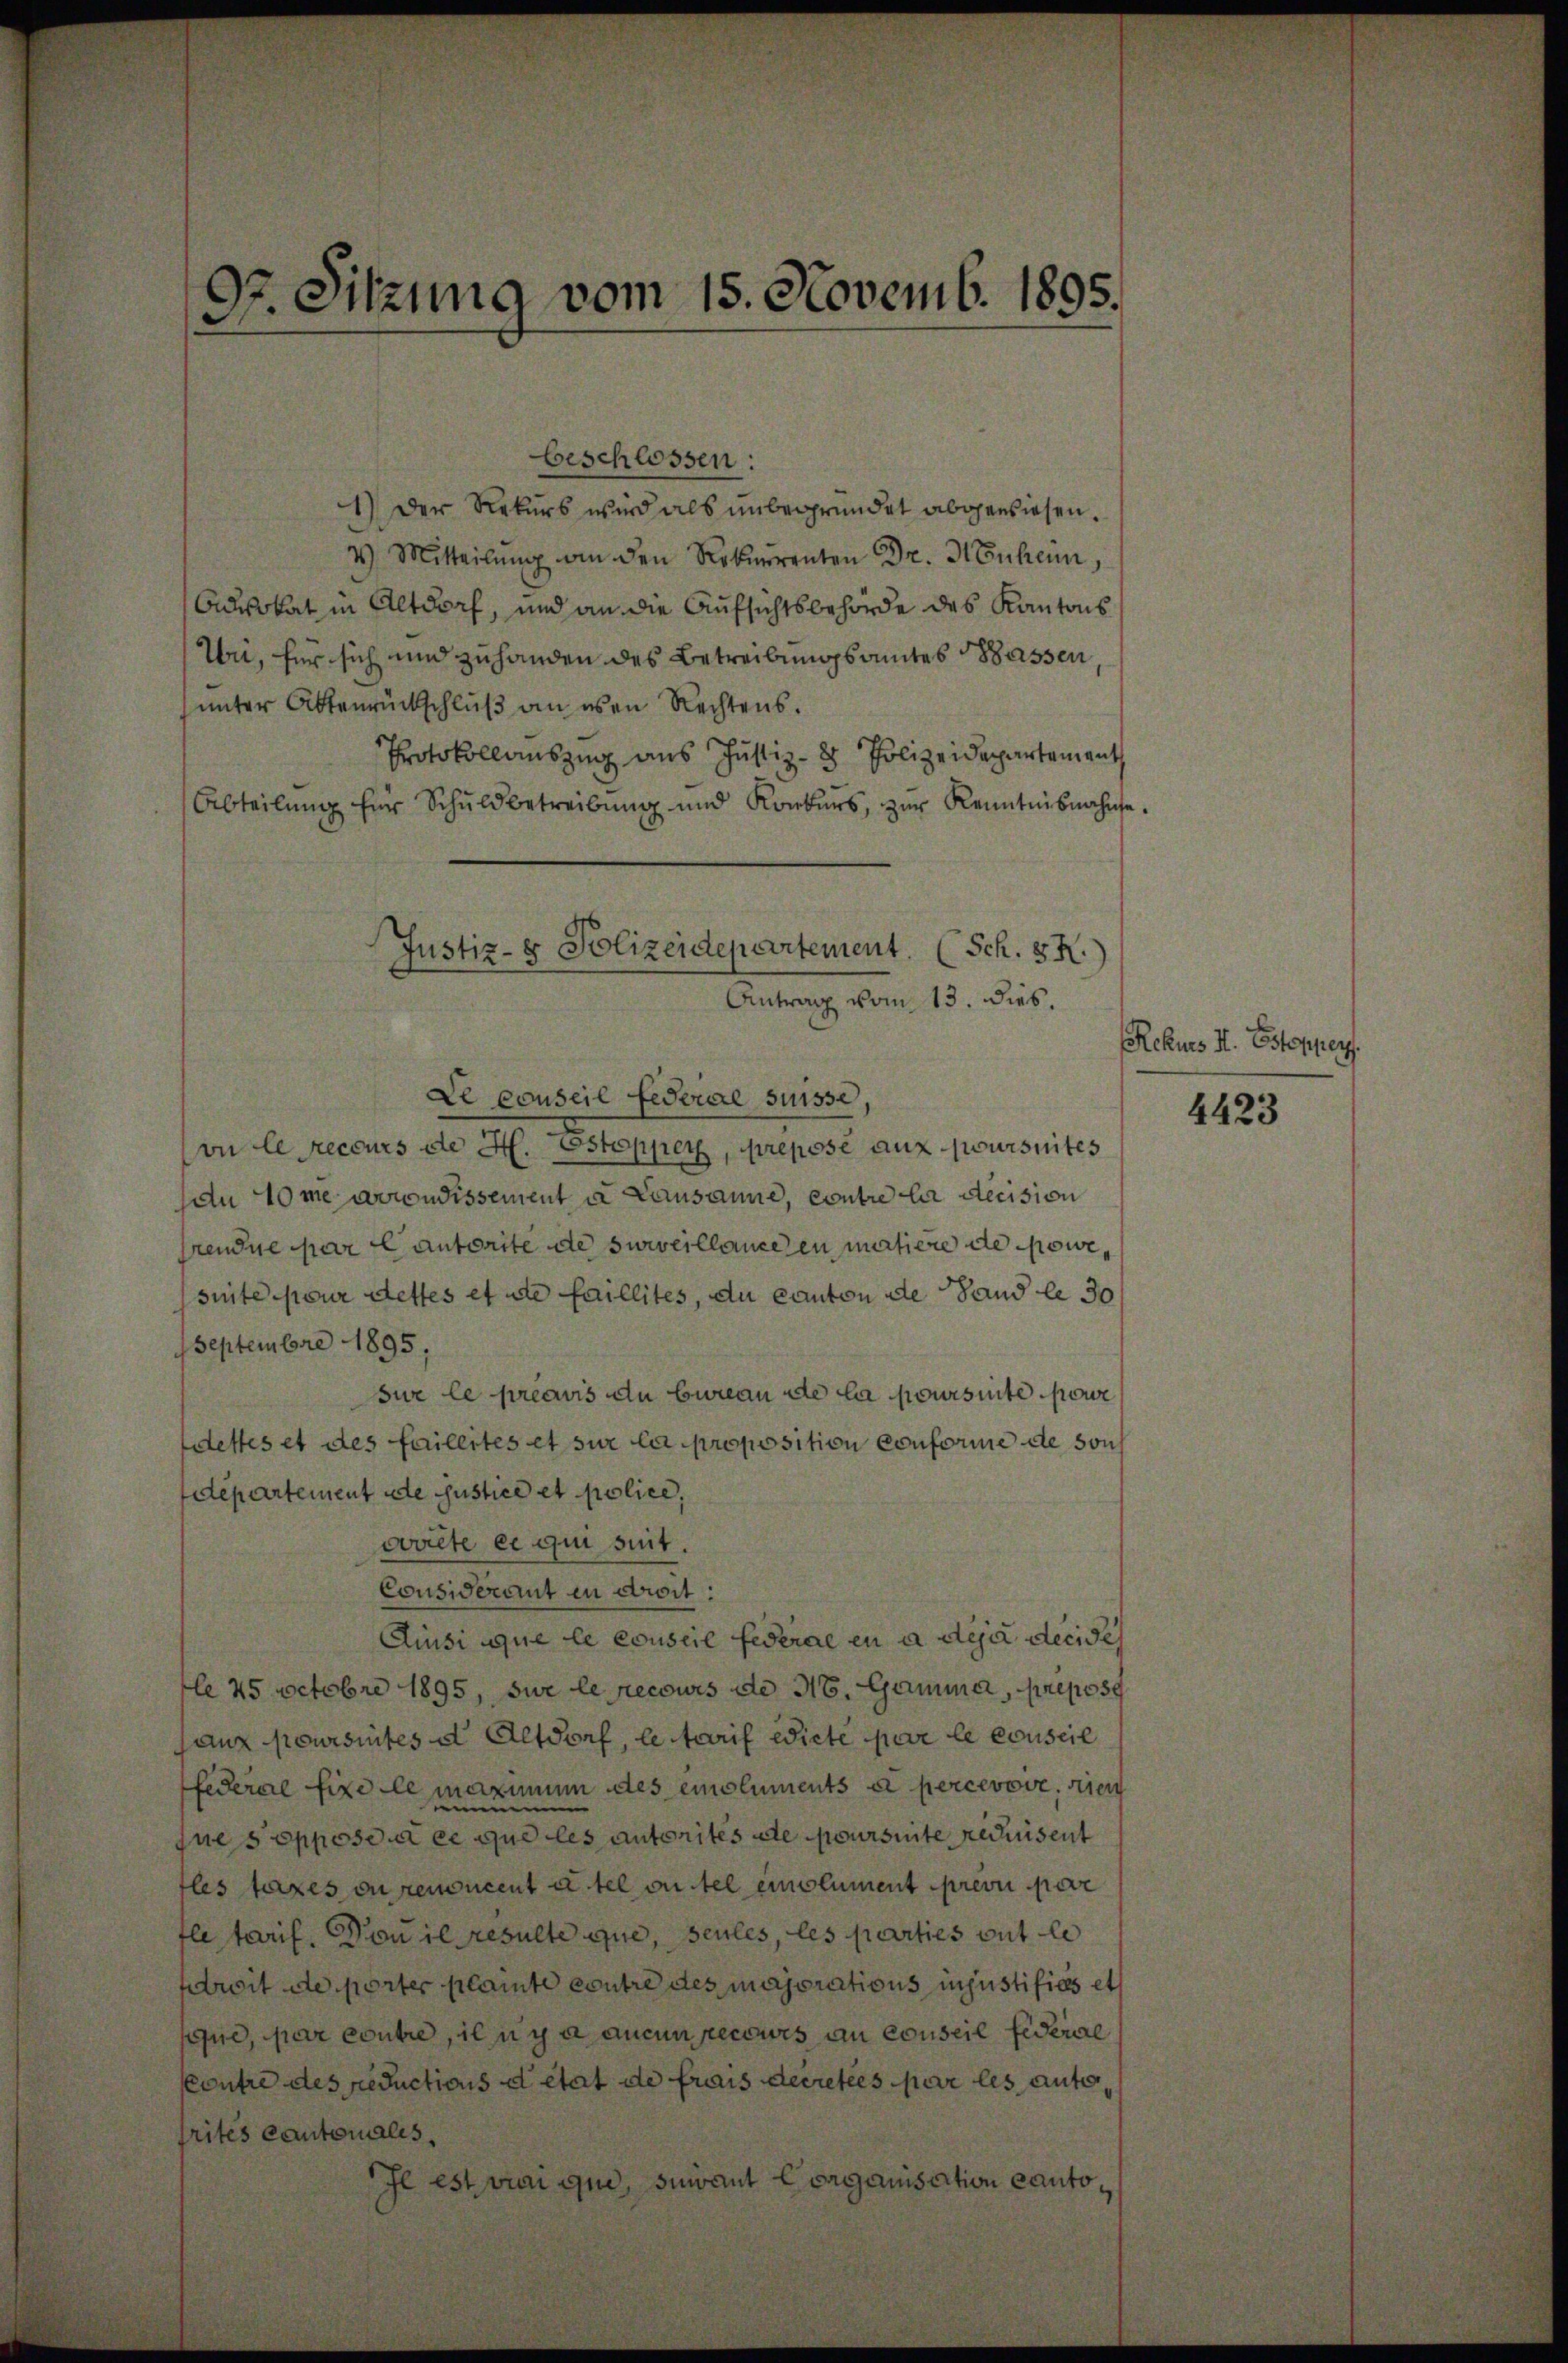
.
Gr. Sitzung vom 15. Novemb. 1895.

beschlossen:
1.) Der Rekurs wird als unbegründet abgewiesen.
4) Mitteilŭng an den Rekurrenten Dr. Henheim,
Advokat in Altdorf, und an die Aufsichtsbehörde des Kantons
Uri, für sich und zuhanden des Betreibungsamtes Wassen,
unter Aktenrückschluß an esen Rechtens.
Protokollauszug aus Justiz- & Polizeidepartements
Abteilung für Schuldbetreibung und Konkurs, zŭr Kenntnisnahme
vu le recours de H. Estopperg, preposé aux wursuites
Au 40 me arrondissement a Lausanne, contre le decision
rendue par lautorite de surveillance en matiere de sowe
suite pour dettes et de faillites, du canton ade Land le 30
Septembre 1895
sur le préavis du bureau de la poursuite pour
ddettes et des faillites et sur la proposition conforme de solch
departement de Justice et police,
voalte ce qui suit.
Considerant in droit.
Aussi que le conseil Federae en a deja decise
le 25 Octobre 1895, sur le recours de N. Gamma, prepos
aux poursuites et Altdorf, le tarif Wiete par le conseil
federal fixe le maximum des emoluments et percevove, den
e
ine sopposi ce que les autorités ate poursuite recuisent
fles taxes ou renoncent ertel suitel einblument previ pere
fletarif. Von il resulte que, seules, les parties gut le
troit de porter plainte contre des majorations injustifiés et
sue, par contre, il y a aucun peccurs au conseil federal
Contre des Reductions et état de frais decretées par les autofrités cantonales,
Il est rai que, surant Corganisation canto¬

Justiz- & Polizeidepartement. (Sch. 3.)
Antrag vom 13. dies.
Le conseil Federial suisse,

Rekurs I. Esteppers

4423